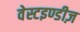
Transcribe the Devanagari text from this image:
वेस्टइण्डीज़